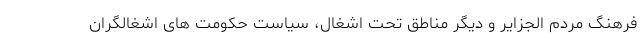
فرهنگ مردم الجزایر و دیگر مناطق تحت اشغال، سیاست حکومت های اشغالگران